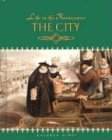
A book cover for The City (Life in the Renaissance); Kathryn Hinds; Children's Books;